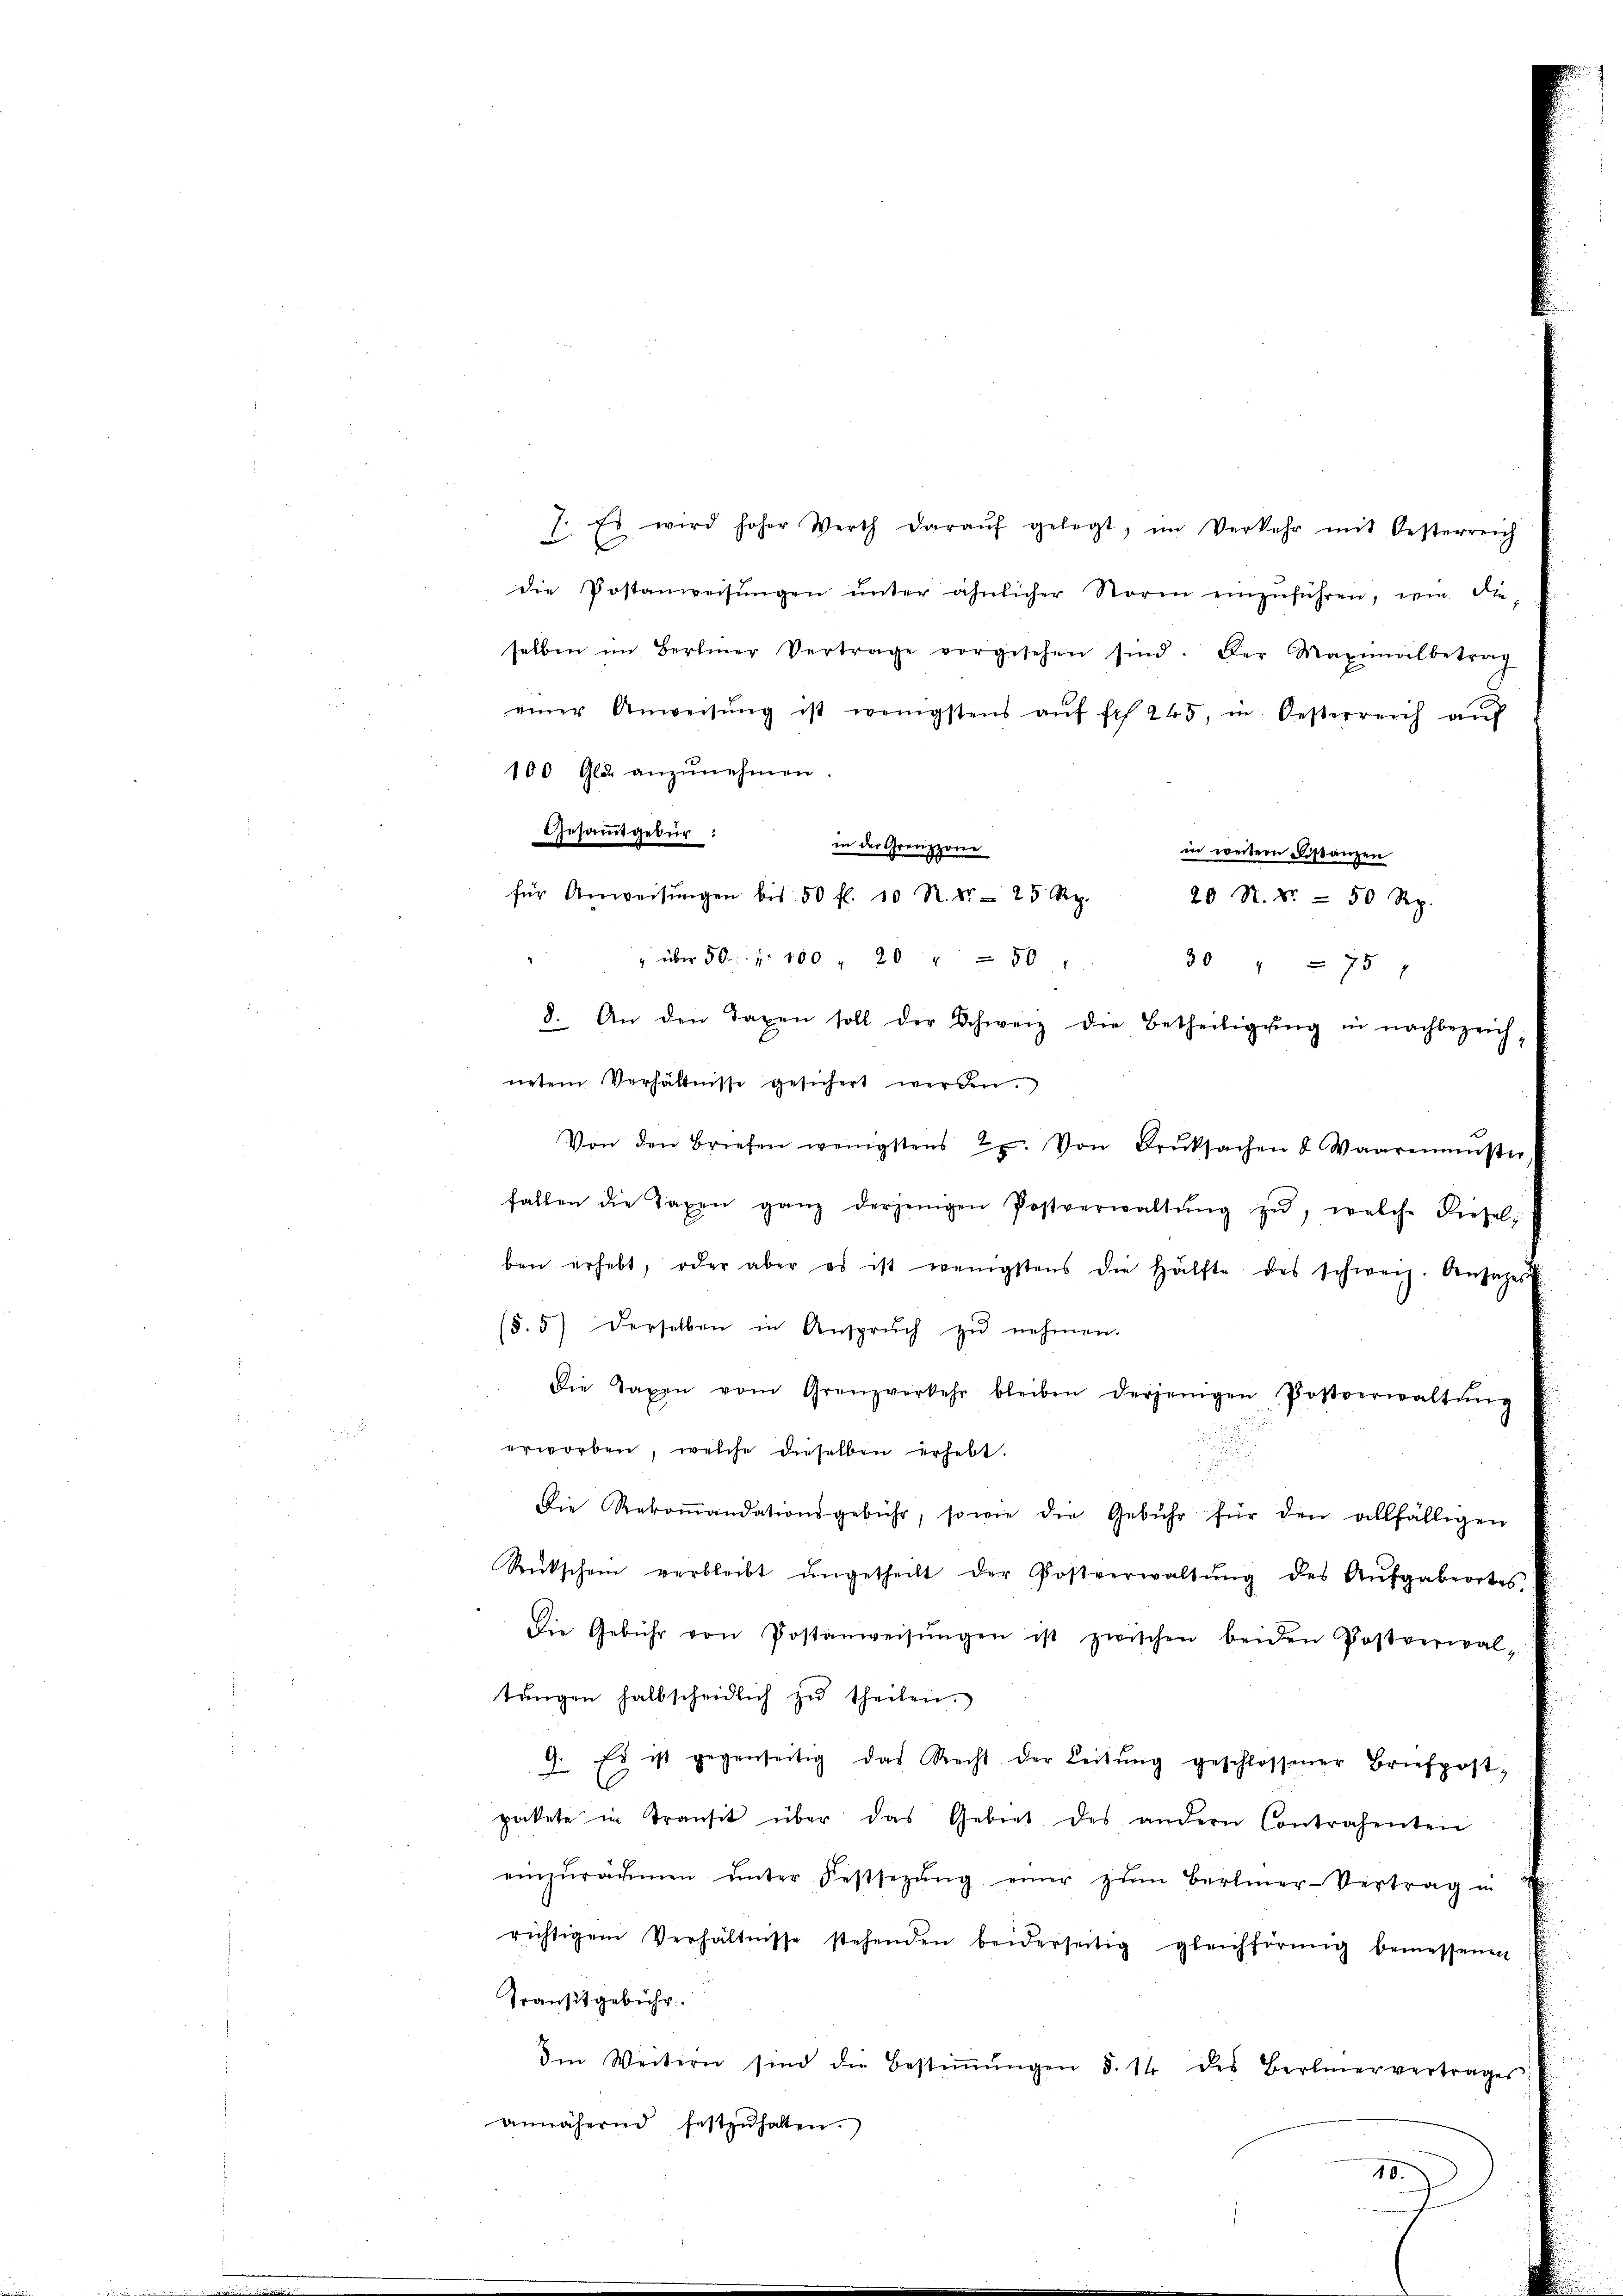
Gesammtgebür:
in der Grenzzone
für Anweisŭngen bis 50 fl. 10 R. Dr. 25. Rp.

die Postanweisŭngen ŭnter ähnlicher Norm einzŭführen, wie di-
selben im Berlier Vertrage vorgesehen sind. Der Maximalbetrag
einer Anweisŭng ist wenigstens aŭf fr. 245, in Oesterreich aŭf
100 Gld anzŭnehmen.
in weitern Distanzen
20 N. 8 - 50 Rp.
" über 50 r. 100 " 20 " 50 " 30 " " 75 7
8. An den Taxen soll der Schweiz die Betheiligŭng in nachbezeich-
netem Verhältnisse gesichert werden.
Von den Briefen wenigstens 2. Von Druksachen & Waaremenster
fallen die Taxen ganz derjenigen Postverwaltŭng zŭ, welche Riesel;
ben erhebt, oder aber es ist wenigstens die Hälfte des schweiz. Ansatzes
(5.5) Derselben in Ansprŭch zŭ nehmen.
Die Taxen vom Granzverkehr bleiben derjenigen Postverwaltŭng
erworben, welche dieselben erhebt.
Die Rekoṁandationsgebühr, sowie die Gebühr für den allfälligen
Rückschen verbleibt ungetheilt der Postverwaltŭng des Aŭfgabeortes,
Die Gebühr von Postanweisŭngen ist zwischen beiden Postverwal-
tŭngen halbscheidlich zŭ theilen.
9. Es ist gegenseitig das Recht der Leitŭng geschlossener Briefpost-
pakete in Transit über das Gebiet des andern Contrahenten
einzŭrähmen ŭnter Festsezŭng einer zŭm Berlier-Vertrag in
richtigem Verhältnisse stehenden beiderseitig gleichförmig bemessenen
Transitgebühr.
Ien Weitern sind die Bestiṁŭngen §. 14 des Bernervertrages
annähernd festzŭhalten.
10.

1. Es wird hoher Werth daraŭf gelegt, im Verkehr mit Oesterreich